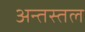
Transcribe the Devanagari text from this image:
अन्तस्तल